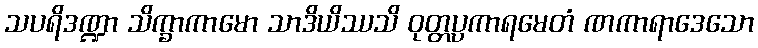
သပရိဒဏ္ဍာ သိက္ခာကာမော သာဒိယိဿသိ ဝုတ္တပ္ပကာရမေတံ ဏကာရာဒေသော